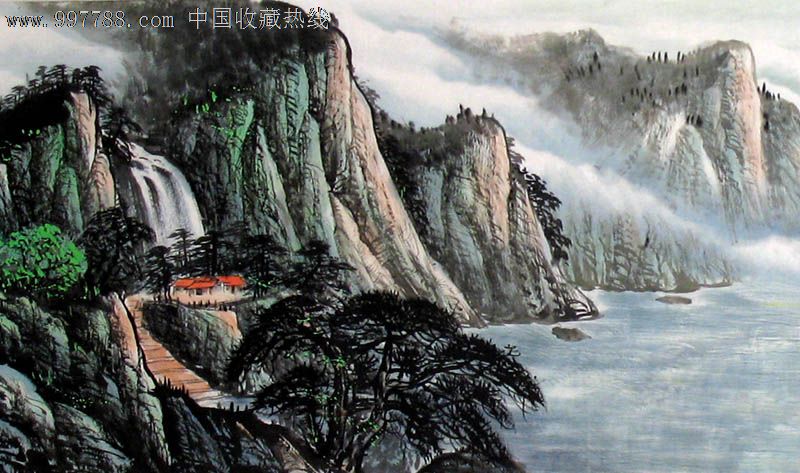
马嘶芳草远，高搂帘半掩。